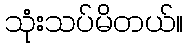
သုံးသပ်မိတယ်။